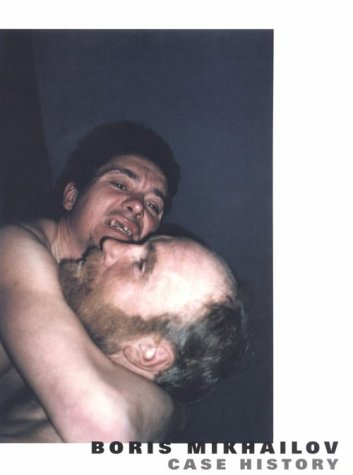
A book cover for Boris Mikhailov: Case History; Boris Mikhailov; Travel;